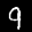
Label: 9